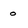
Character: 0